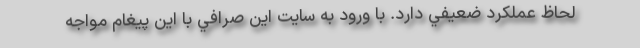
لحاظ عملكرد ضعيفي دارد. با ورود به سايت اين صرافي با اين پيغام مواجه